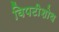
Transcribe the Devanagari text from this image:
विपटीशोथ